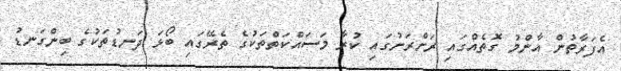
އެފަރާތުން އާންމު ގޮތެއްގައި ރަށްރަށުގައި ކުރާ މަސައްކަތްތަކުގެ ތެރޭގައި ބޯޅަ ދަނޑުތަކުގެ ބިންގަނޑު